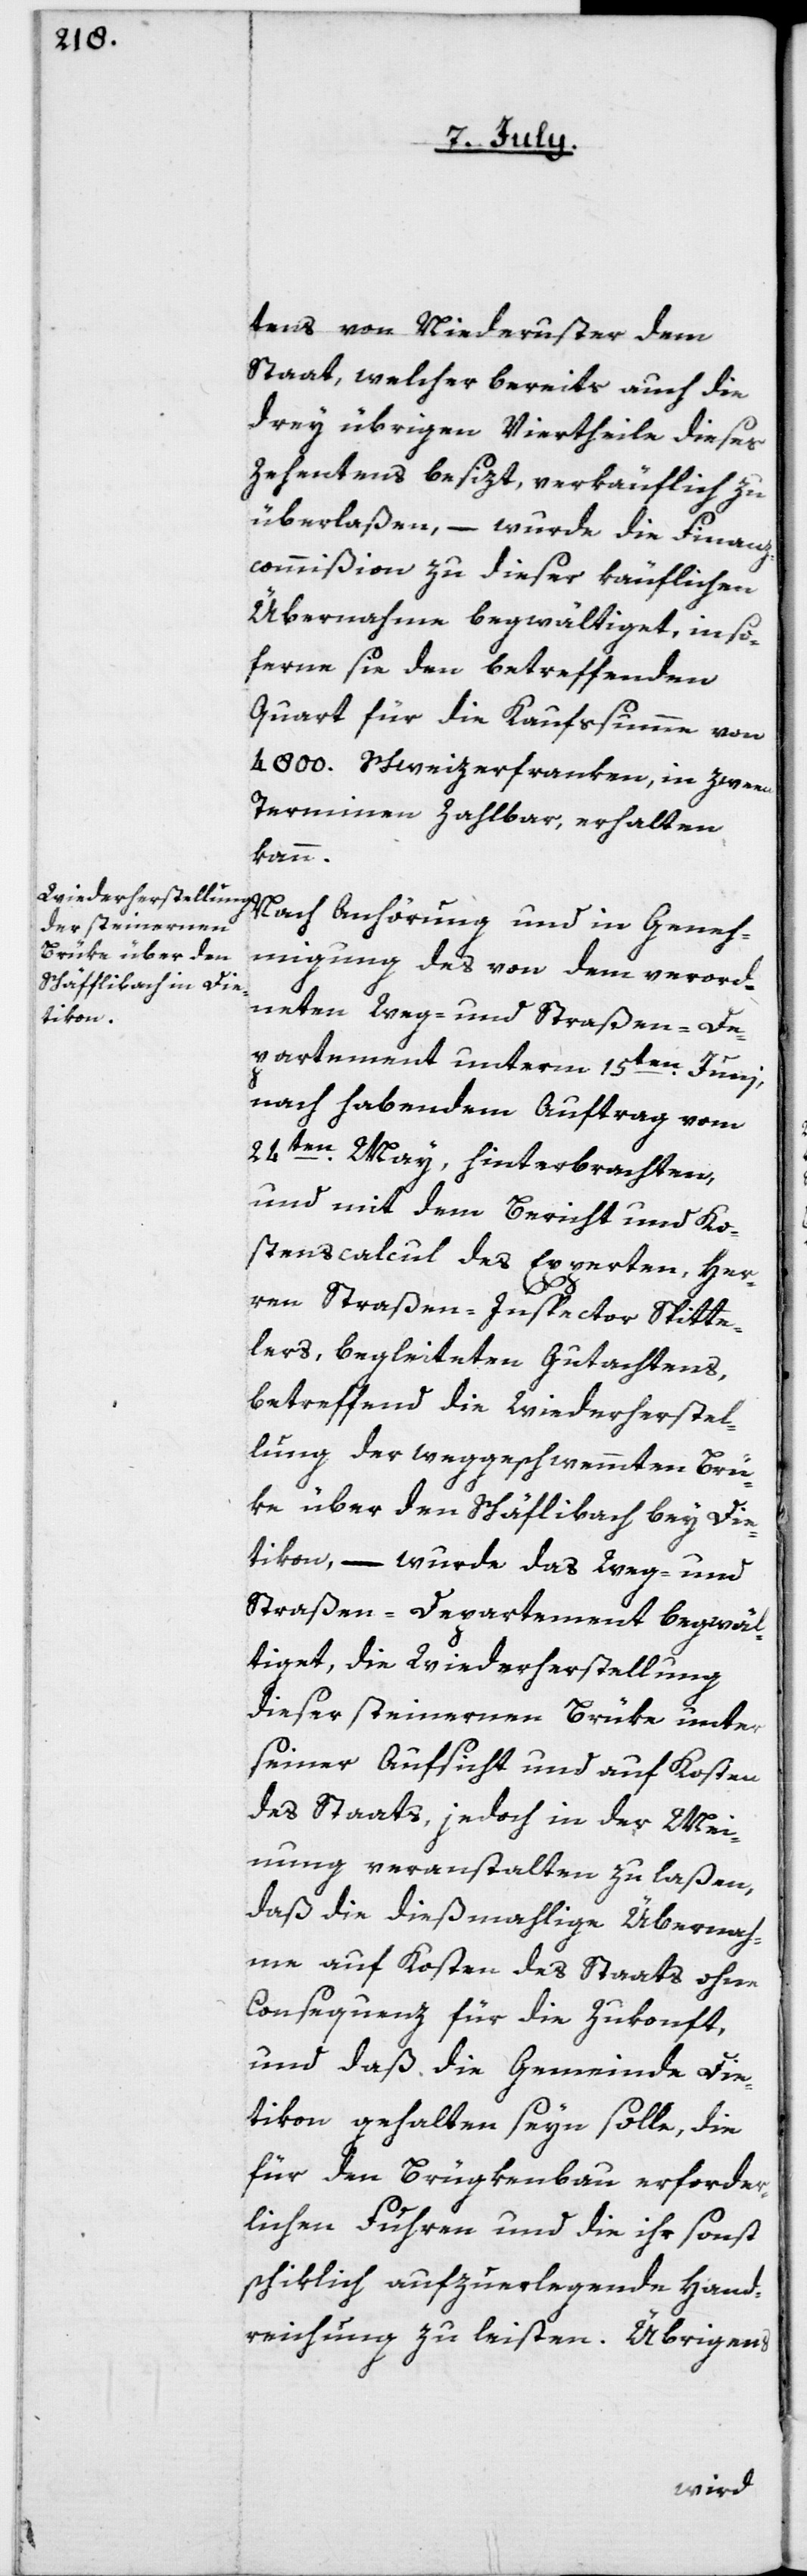
tens von Niederuster dem
Staat, welcher bereits auch die
drey übrigen Viertheile dieses
Zehentens besizt, verkäuflich zu
überlaßen, – wurde die Finanz¬
commißion zu dieser käuflichen
Übernahme begwältiget, in so
ferne sie den betreffenden
Quart für die Kaufssumme von
4800. Schweizerfranken, in zween
Terminen zahlbar, erhalten
kann.
Nach Anhörung und in Geneh¬
migung des von dem verord¬
neten Weg- und Straßen-De¬
partement unterm 15ten Junii,
nach habendem Auftrag vom
24ten May, hinterbrachten,
und mit dem Bericht und Ko¬
stenscalcul des Experten, Her¬
ren Straßen-Inspector Spitte¬
lers, begleiteten Gutachtens,
betreffend die Wiederherstel¬
lung der weggeschwemmten Brü¬
ke über den Schäf[f]libach bey Die¬
tikon, – wurde das Weg- und
Straßen-Departement begwäl¬
tigt, die Wiederherstellung
dieser steinernen Brüke unter
seiner Aufsicht und auf Kosten
des Staats, jedoch in der Mei¬
nung veranstalten zu laßen,
daß die dießmahlige Übernah¬
me auf Kosten des Staats ohne
Consequenz für die Zukonft,
und daß die Gemeinde Die¬
tikon gehalten seyn solle, die
für den Brügkenbau erforder¬
lichen Fuhren und die ihr sonst
schiklich aufzuerlegende Hand¬
reichung zu leisten. Übrigens